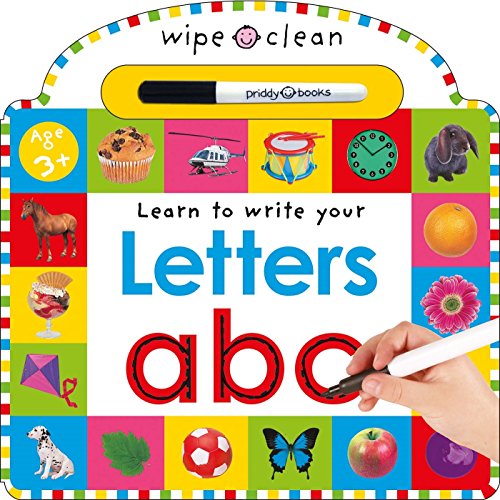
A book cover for Wipe Clean: Letters (Wipe Clean Learning Books); Roger Priddy; Children's Books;